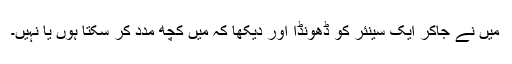
میں نے جاکر ایک سینئر کو ڈھونڈا اور دیکھا کہ میں کچھ مدد کر سکتا ہوں یا نہیں۔